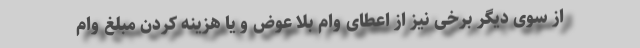
از سوی دیگر برخی نیز از اعطای وام بلا عوض و یا هزینه کردن مبلغ وام